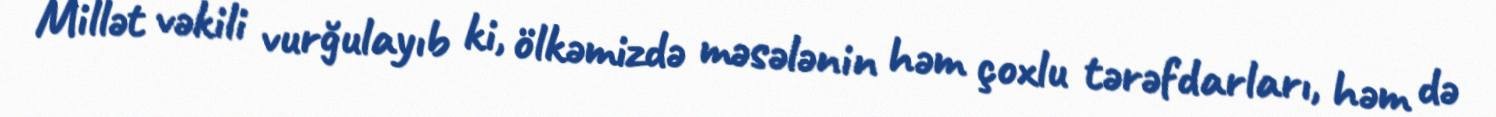
Millət vəkili vurğulayıb ki, ölkəmizdə məsələnin həm çoxlu tərəfdarları, həm də